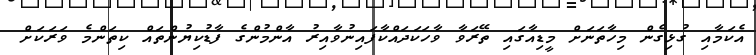
އެކަމާއި ގުޅިގެން މިހާތަނަށް މީޑިއާގައި ތޭރަވާ ވާހަކަދައްކާފައިނުވާއިރު އާންމުންގެ ފާޑުކިޔުންތައް ކިތަންމެ ވަރަކަށް